Scottish Leaving Certificate Examination, 1953
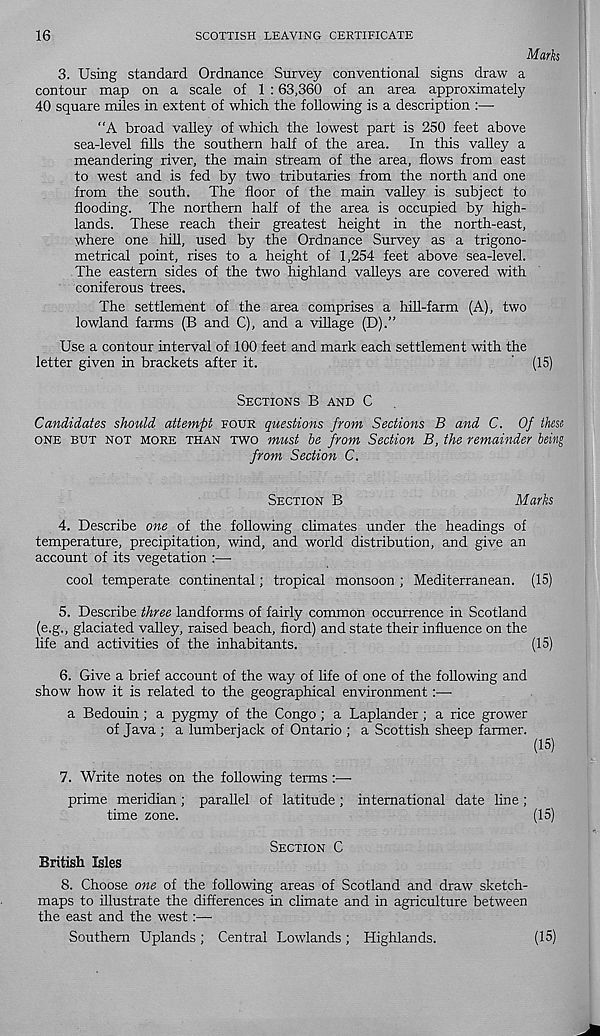
16
SCOTTISH LEAVING CERTIFICATE
Marks
3. Using standard Ordnance Survey conventional signs draw a
contour map on a scale of 1 :63,360 of an area approximately
40 square miles in extent of which the following is a description :—■
“A broad valley of which the lowest part is 250 feet above
sea-level fills the southern half of the area. In this valley a
meandering river, the main stream of the area, flows from east
to west and is fed by two tributaries from the north and one
from the south. The floor of the main valley is subject to
flooding. The northern half of the area is occupied by high-
lands. These reach their greatest height in the north-east,
where one hill, used by the Ordnance Survey as a trigono-
metrical point, rises to a height of 1,254 feet above sea-level.
The eastern sides of the two highland valleys are covered with
coniferous trees.
The settlement of the area comprises a hill-farm (A), two
lowland farms (B and C), and a village (D).”
Use a contour interval of 100 feet and mark each settlement with the
letter given in brackets after it.
(15)
SECTIONS B AND C
Candidates should attempt FOUR questions from Sections B and C. Of these
ONE BUT NOT MORE THAN TWO must be from Section B, the remainder being
from Section C.
SECTION B
Marks
4. Describe one of the following climates under the headings of
temperature, precipitation, wind, and world distribution, and give an
account of its vegetation :—■
cool temperate continental; tropical monsoon ; Mediterranean. (15)
5. Describe three landforms of fairly common occurrence in Scotland
(e.g., glaciated valley, raised beach, fiord) and state their influence on the
life and activities of the inhabitants.
(15)
6. Give a brief account of the way of life of one of the following and
show how it is related to the geographical environment:—■
a Bedouin; a pygmy of the Congo; a Laplander; a rice grower
of Java ; a lumberjack of Ontario ; a Scottish sheep farmer.
(15)
7. Write notes on the following terms :—•
prime meridian ; parallel of latitude ; international date line ;
time zone.
(15)
SECTION C
British Isles
8.
Choose one of the following areas of Scotland and dra
maps to illustrate the differences in climate and in agriculture between
the east and the west:—
Southern Uplands ; Central Lowlands ; Highlands.
(15)